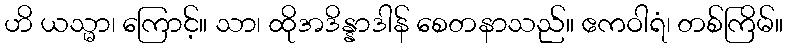
ဟိ ယသ္မာ၊ ကြောင့်။ သာ၊ ထိုအဒိန္နာဒါန် စေတနာသည်။ ဧကဝါရံ၊ တစ်ကြိမ်။